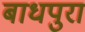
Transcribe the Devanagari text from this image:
बाधपुरा